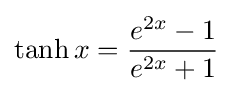
\tanh x={\frac {e^{2x}-1}{e^{2x}+1}}